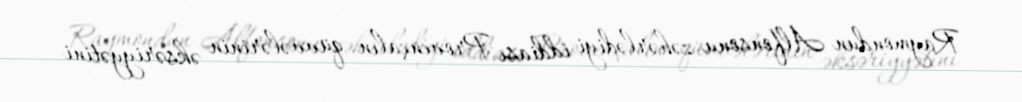
Raymondun Alfonsonu zəhərlədiyi iddiası Provençalın qüvvələrinin əksəriyyətini